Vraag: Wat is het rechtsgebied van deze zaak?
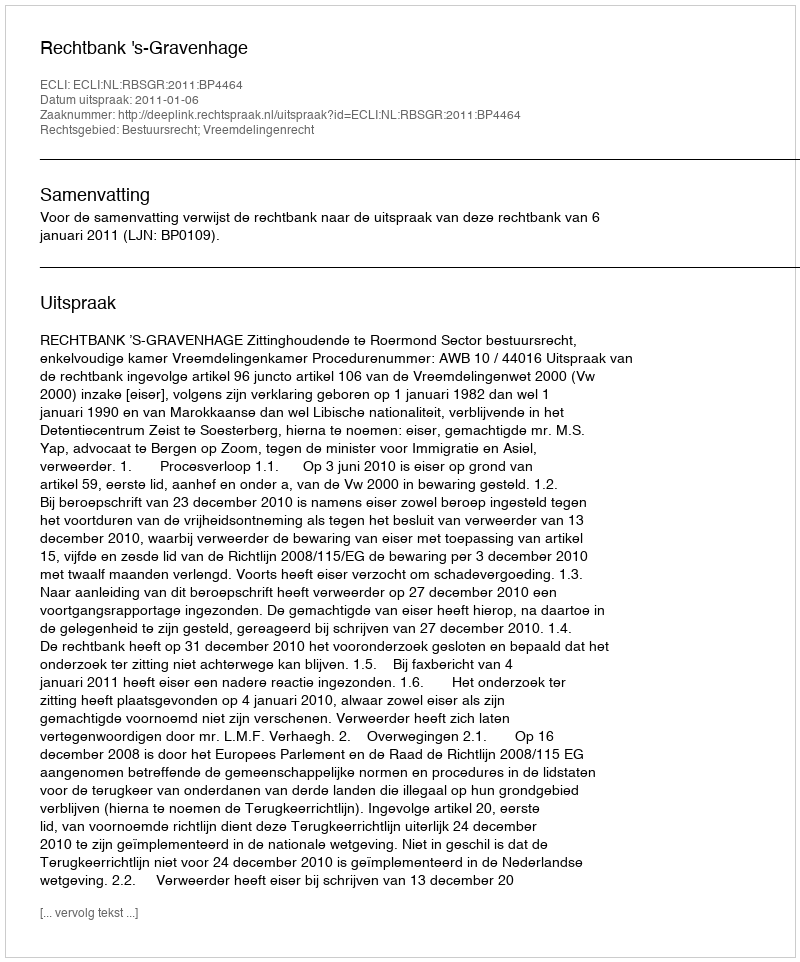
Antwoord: Bestuursrecht; Vreemdelingenrecht